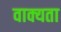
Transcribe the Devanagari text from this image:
वाक्यता